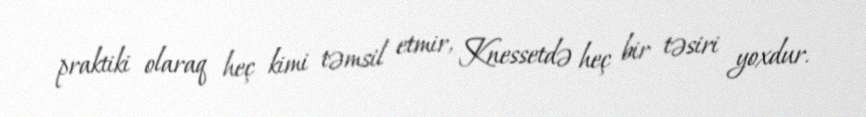
praktiki olaraq heç kimi təmsil etmir, Knessetdə heç bir təsiri yoxdur.